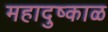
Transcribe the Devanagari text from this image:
महादुष्काळ